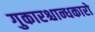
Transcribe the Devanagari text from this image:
गुकारश्चान्धकारो